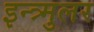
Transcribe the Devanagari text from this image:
इन्त्र्मुलर